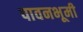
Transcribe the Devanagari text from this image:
पावनभूमी